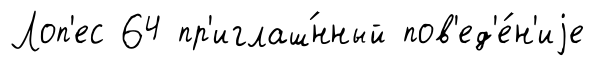
Лоп'ес 64 пр'иглаш́нный пов'ед'е́н'иjе